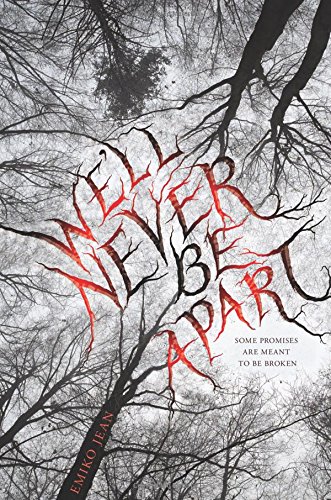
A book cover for We'll Never Be Apart; Emiko Jean; Teen & Young Adult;